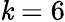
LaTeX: \mathit{k}=6